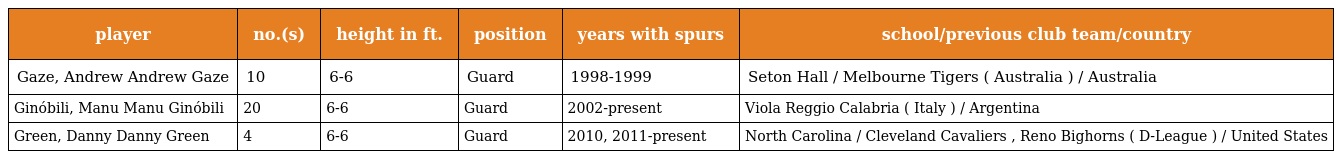
| player | no.(s) | height in ft. | position | years with spurs | school/previous club team/country |
 | --- | --- | --- | --- | --- | --- |
 | Gaze, Andrew Andrew Gaze | 10 | 6-6 | Guard | 1998-1999 | Seton Hall / Melbourne Tigers ( Australia ) / Australia |
 | Ginóbili, Manu Manu Ginóbili | 20 | 6-6 | Guard | 2002-present | Viola Reggio Calabria ( Italy ) / Argentina |
 | Green, Danny Danny Green | 4 | 6-6 | Guard | 2010, 2011-present | North Carolina / Cleveland Cavaliers , Reno Bighorns ( D-League ) / United States |